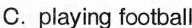
C.playing football